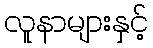
လူနာများနှင့်